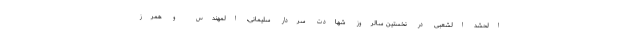
الحشد الشعبی در نخستین سالروز شهادت سردار سلیمانی، المهندس و همرز